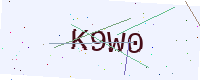
Text: K9W0